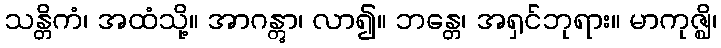
သန္တိကံ၊ အထံသို့။ အာဂန္တွာ၊ လာ၍။ ဘန္တေ၊ အရှင်ဘုရား။ မာကုဇ္ဈိ၊